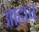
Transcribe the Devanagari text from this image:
आहाच